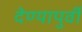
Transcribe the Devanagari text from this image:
देण्यापुर्वी